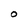
Character: O